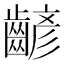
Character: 齴